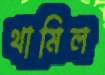
থামিল